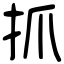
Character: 抓